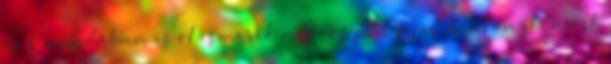
és Kanadában is elismerik a 19-es pályafutását, azt, amit